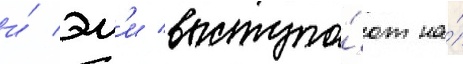
и́ эм'и выступа́ют на́